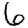
Digit: 6